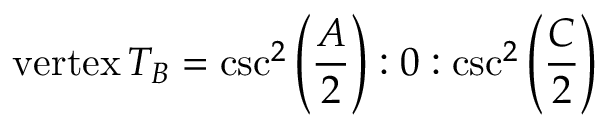
{ \mathrm { v e r t e x } } \, T _ { B } = \csc ^ { 2 } \left( { \frac { A } { 2 } } \right) : 0 : \csc ^ { 2 } \left( { \frac { C } { 2 } } \right)